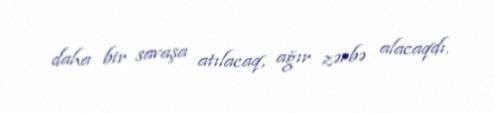
daha bir savaşa atılacaq, ağır zərbə alacaqdı.